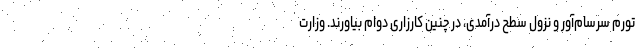
تورم سرسام‌آور و نزول سطح درآمدی، در چنین کارزاری دوام بیاورند. وزارت